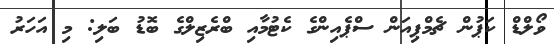
ވޯލްޑް ކަޕުން ޗެމްޕިއަން ސްޕެއިންގެ ކެޓުމާއި ބްރެޒިލްގެ ބޮޑު ބަލި: މި އަހަރު